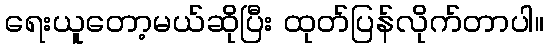
ရေးယူတော့မယ်ဆိုပြီး ထုတ်ပြန်လိုက်တာပါ။